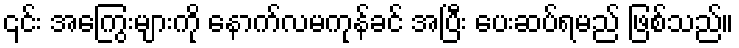
၎င်း အကြွေးများကို နောက်လမကုန်ခင် အပြီး ပေးဆပ်ရမည် ဖြစ်သည်။